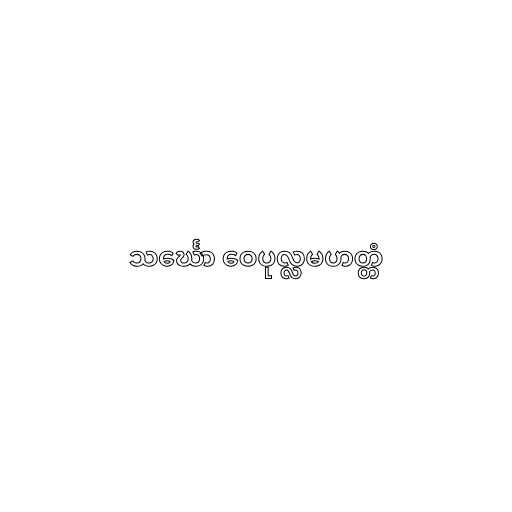
သင်္ဃော ဝေပုလ္လမဟတ္တံ